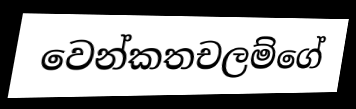
වෙන්කතචලම්ගේ